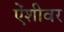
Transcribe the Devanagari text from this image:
ऐंशीवर